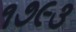
૧૭૯૩